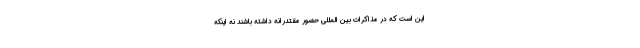
این است که در مذاکرات بین المللی حضور مقتدرانه داشته باشند نه اینکه